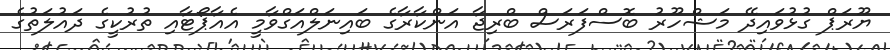
ޔޫރަޕް ގުޅުވައިދޭ މަޝްހޫރު ބޮސްފަރަސް ބްރިޖާ އަންކާރާގެ ބައިނަލްއަގްވާމީ އެއާޕޯޓާއި ތުރުކީގެ ދައުލަތުގެ